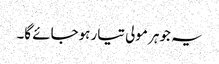
یہ جوہر مولی تیار ہوجائے گا۔